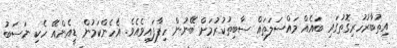
އިތުބާރުހުރިގޮތުގައި ބައެއް މައްސަލަތައް ސާބިތުކުރުމަށް ބޭނުން ހިފާފައިވެއެވެ. އެހެންކަމުން ޑީއެންއޭ ހެކި ނަސަބު